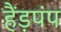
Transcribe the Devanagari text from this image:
हैंड़पंप